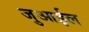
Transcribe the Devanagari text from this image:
जुआईल